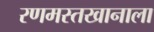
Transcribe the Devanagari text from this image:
रणमस्तखानाला